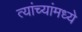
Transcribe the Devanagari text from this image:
त्यांच्यांमध्ये